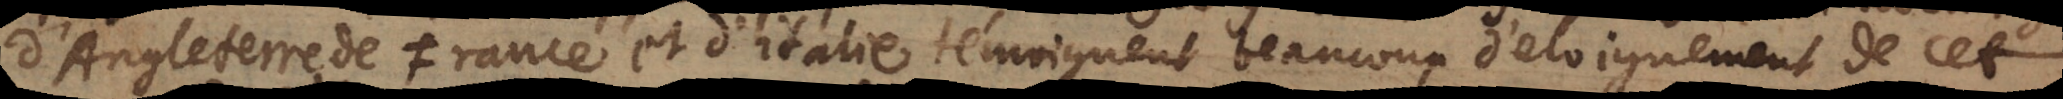
d’Angleterre, de France et d’Italie, témoignent beaucoup d’eloignement de cet